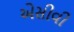
એસીવી